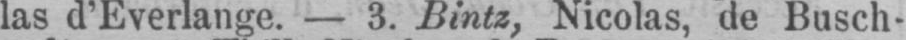
las d’Everlange. - 3. Bintz, Nicolas, de Busch-